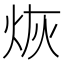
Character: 烣